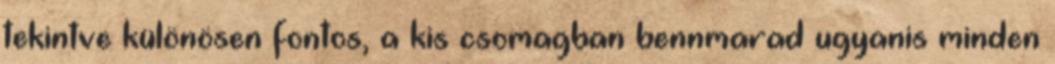
tekintve különösen fontos, a kis csomagban bennmarad ugyanis minden